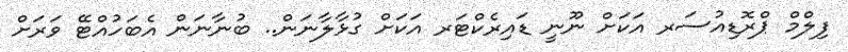
ފިލްމް ޕްރޮޑިއުސަރ އަކަށް ނޫނީ ޑައިރެކްޓަރ އަކަށް ގުޅާލާނަން.. ބުނާނަން އެބަހުއްޓޭ ވަރަށް